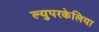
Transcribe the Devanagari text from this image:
ल्युपरकेलिया